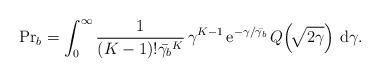
LaTeX: \begin{align*} {\rm Pr}_b = \int_0^\infty \frac{1}{(K - 1)! \bar{\gamma_b}^K} \, \gamma^{K - 1} \, \mathrm{e}^{-\gamma / \bar{\gamma_b}} \, Q\!\left(\!\sqrt{2 \gamma}\right) \, \mathrm{d}\gamma.\end{align*}